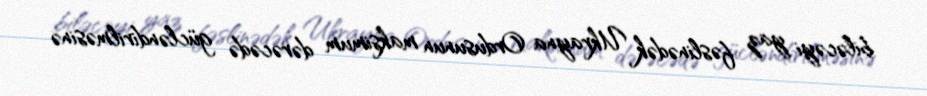
biləcəyi yaz fəslinədək Ukrayna Ordusunun maksimum dərəcədə gücləndirilməsinə